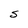
Character: S